Jaan_Tonisson_(Lasteleht), lk 353
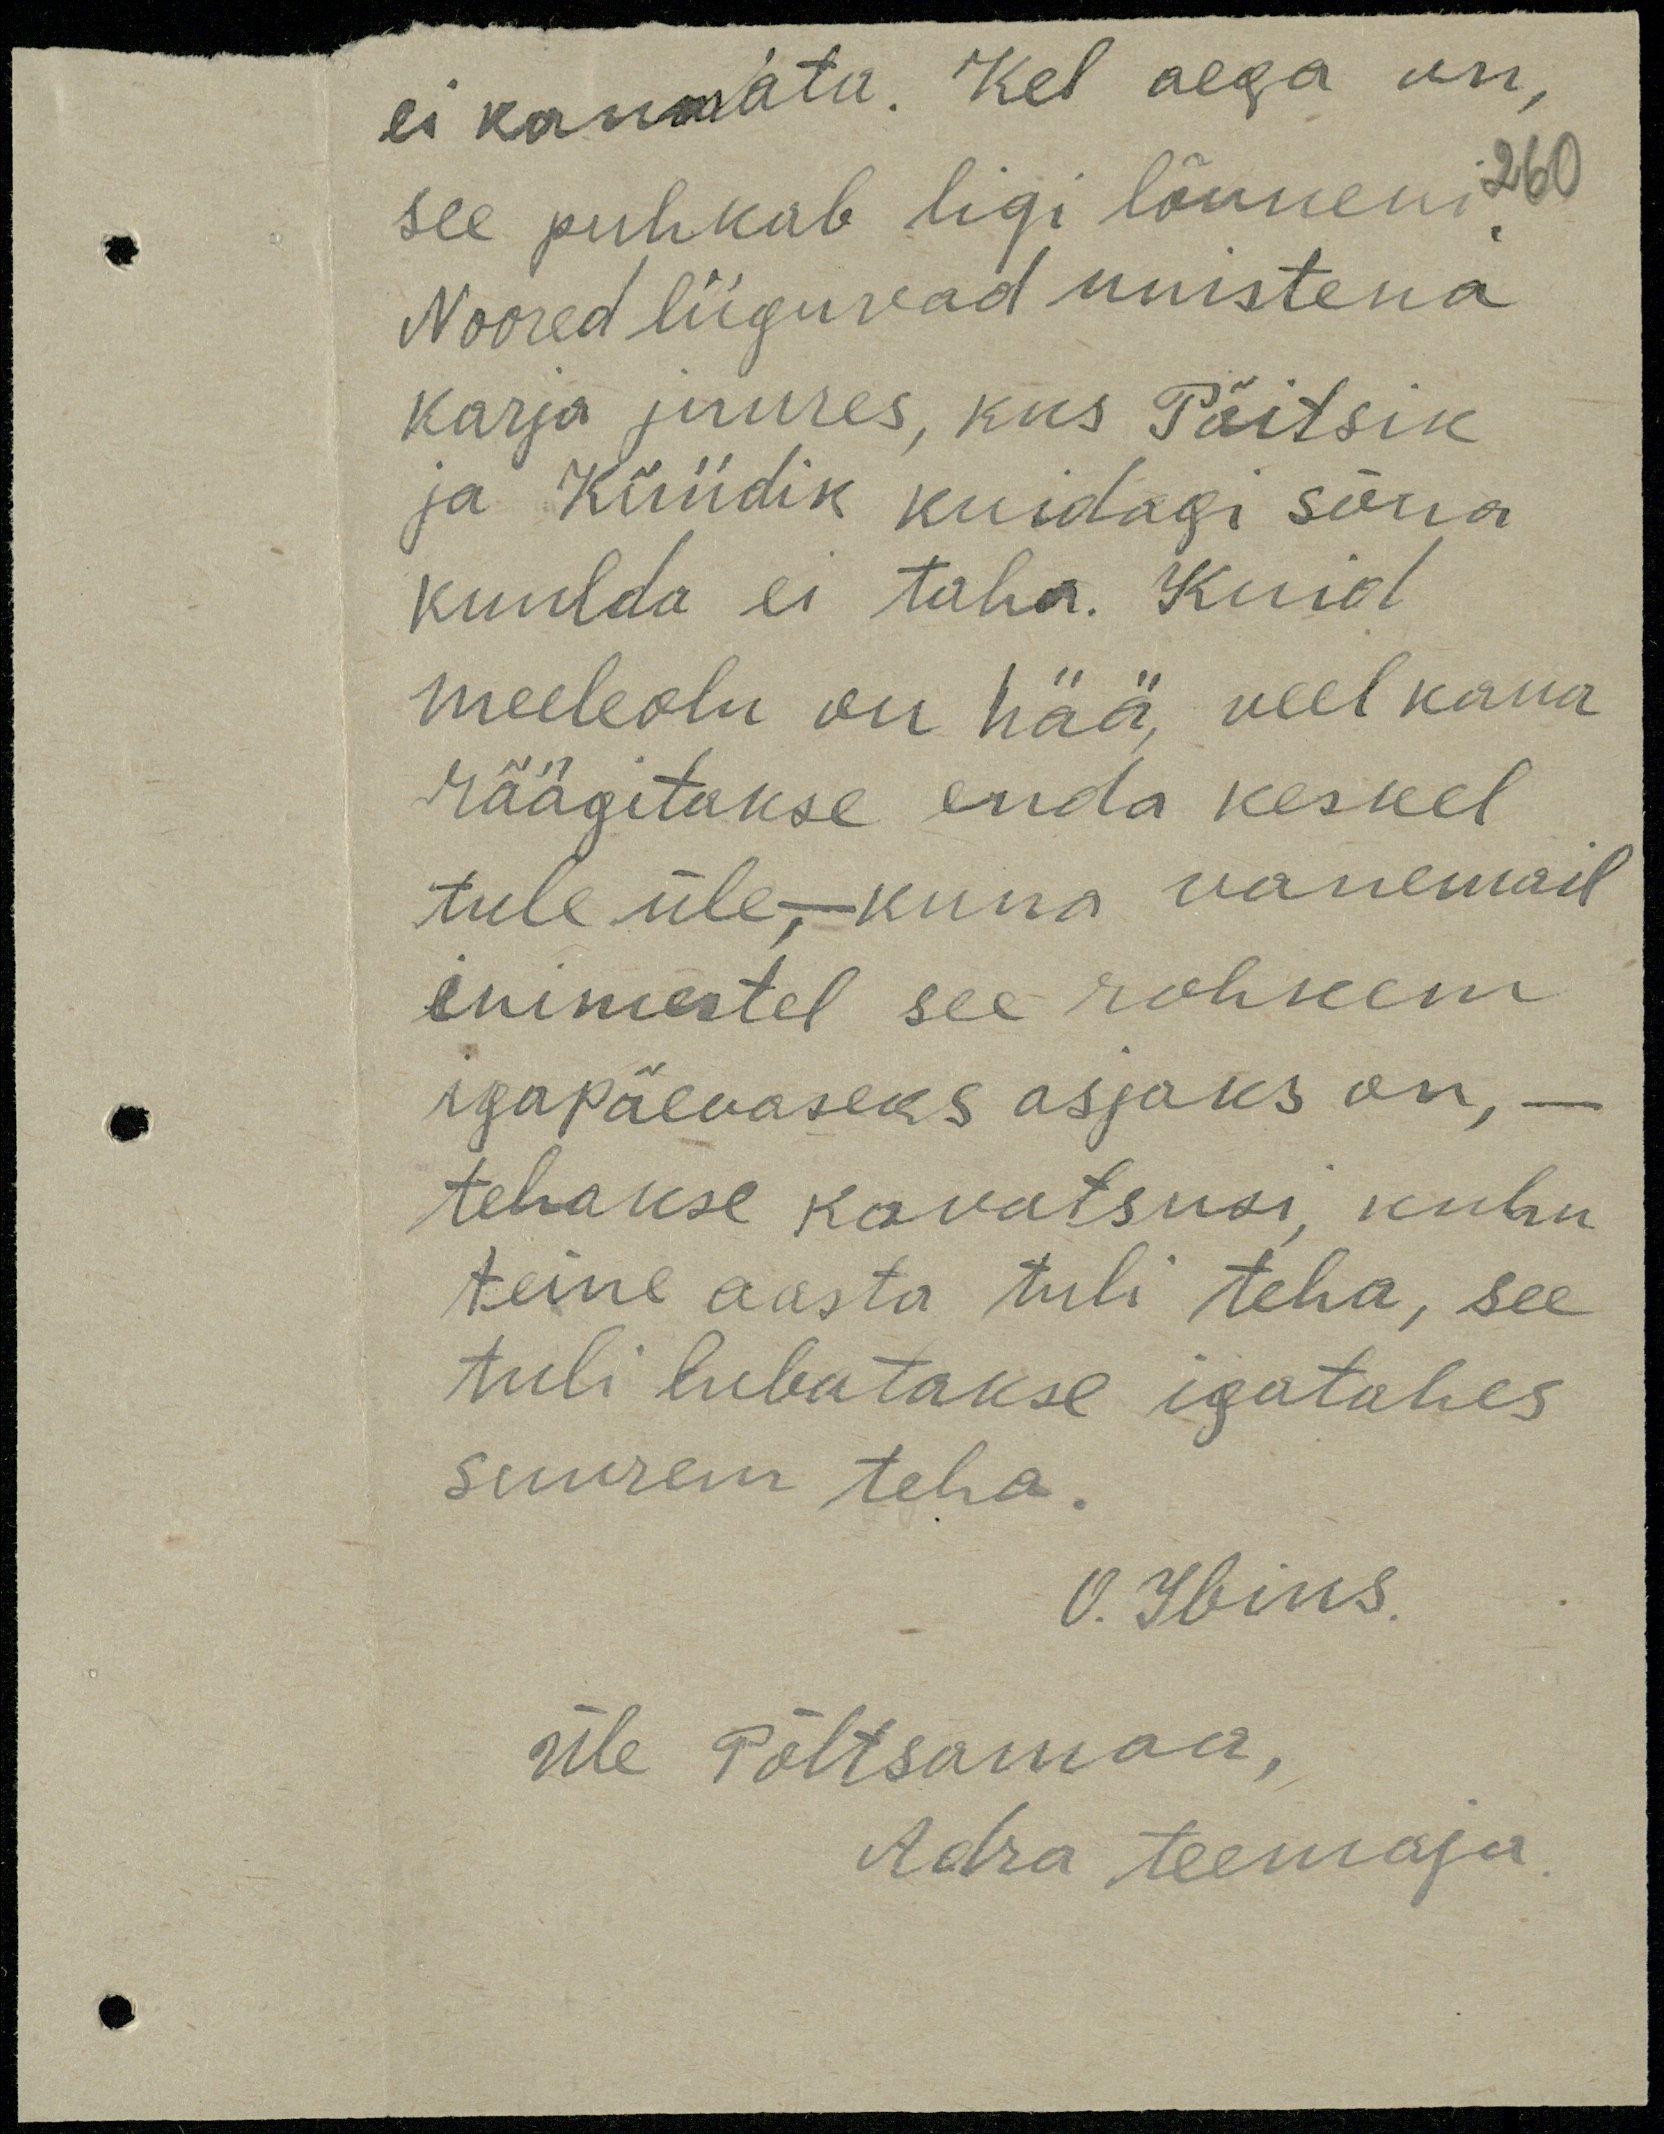
ei kannata. Kel aega on,
see puhkab ligi lõuneni 260
Noored liiguvad unistena
karja juures, kus Päitsik
ja Küüdik kuidagi sõna
kuulda ei taha. Kuid
meeleolu on hää, veel kaua
Määgitakse enda keskel
tule üle-kuna vanemait
inimestel see rohkem
igapäevaseks asjaks on, -
tehakse kavatsusi, kuhu
teine aasta tuli teha, see
tuli lubatakse igatahes
suurem teha.
O. Ibins
Üle Põltsamaa
Adra teemaja